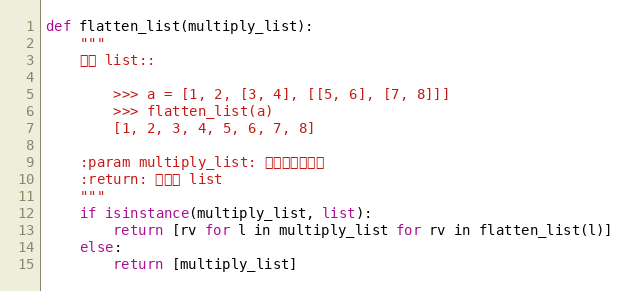
Language: Python
def flatten_list(multiply_list):
    """
    碾平 list::

        >>> a = [1, 2, [3, 4], [[5, 6], [7, 8]]]
        >>> flatten_list(a)
        [1, 2, 3, 4, 5, 6, 7, 8]

    :param multiply_list: 混淆的多层列表
    :return: 单层的 list
    """
    if isinstance(multiply_list, list):
        return [rv for l in multiply_list for rv in flatten_list(l)]
    else:
        return [multiply_list]